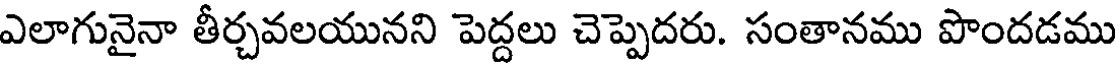
ఎలాగునైనా తీర్చవలయునని పెద్దలు చెప్పెదరు. సంతానము పొందడము